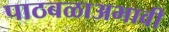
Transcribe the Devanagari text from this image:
पाठबळाअभावी